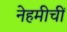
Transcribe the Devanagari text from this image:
नेहमीचीं